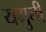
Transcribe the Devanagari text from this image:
यमुनी